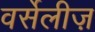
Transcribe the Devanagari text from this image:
वर्सेलीज़